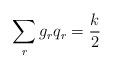
LaTeX: \begin{align*}\sum_r g_rq_r=\frac{k}{2}\end{align*}